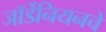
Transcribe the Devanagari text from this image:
जॉर्डेनियनचे